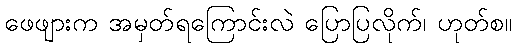
ဖေဖျားက အမှတ်ရကြောင်းလဲ ပြောပြလိုက်၊ ဟုတ်စ။